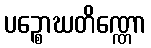
ပဉ္စောဃတိဏ္ဏော